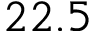
2 2 . 5